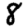
Digit: 8